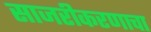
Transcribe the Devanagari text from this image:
साजरीकरणाचा